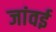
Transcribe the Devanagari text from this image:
जांवई